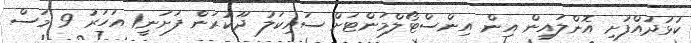
ކުޅުދުއްފުށި އޮންލައިން އިން އިންސްޓޯލްމަންޓަށް ސައިކަލު ދޫކުރަން ފަށަނީ1 އަހަރު 9 މަސް